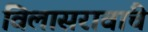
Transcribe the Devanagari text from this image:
विलासरावांचे